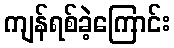
ကျန်ရစ်ခဲ့ကြောင်း